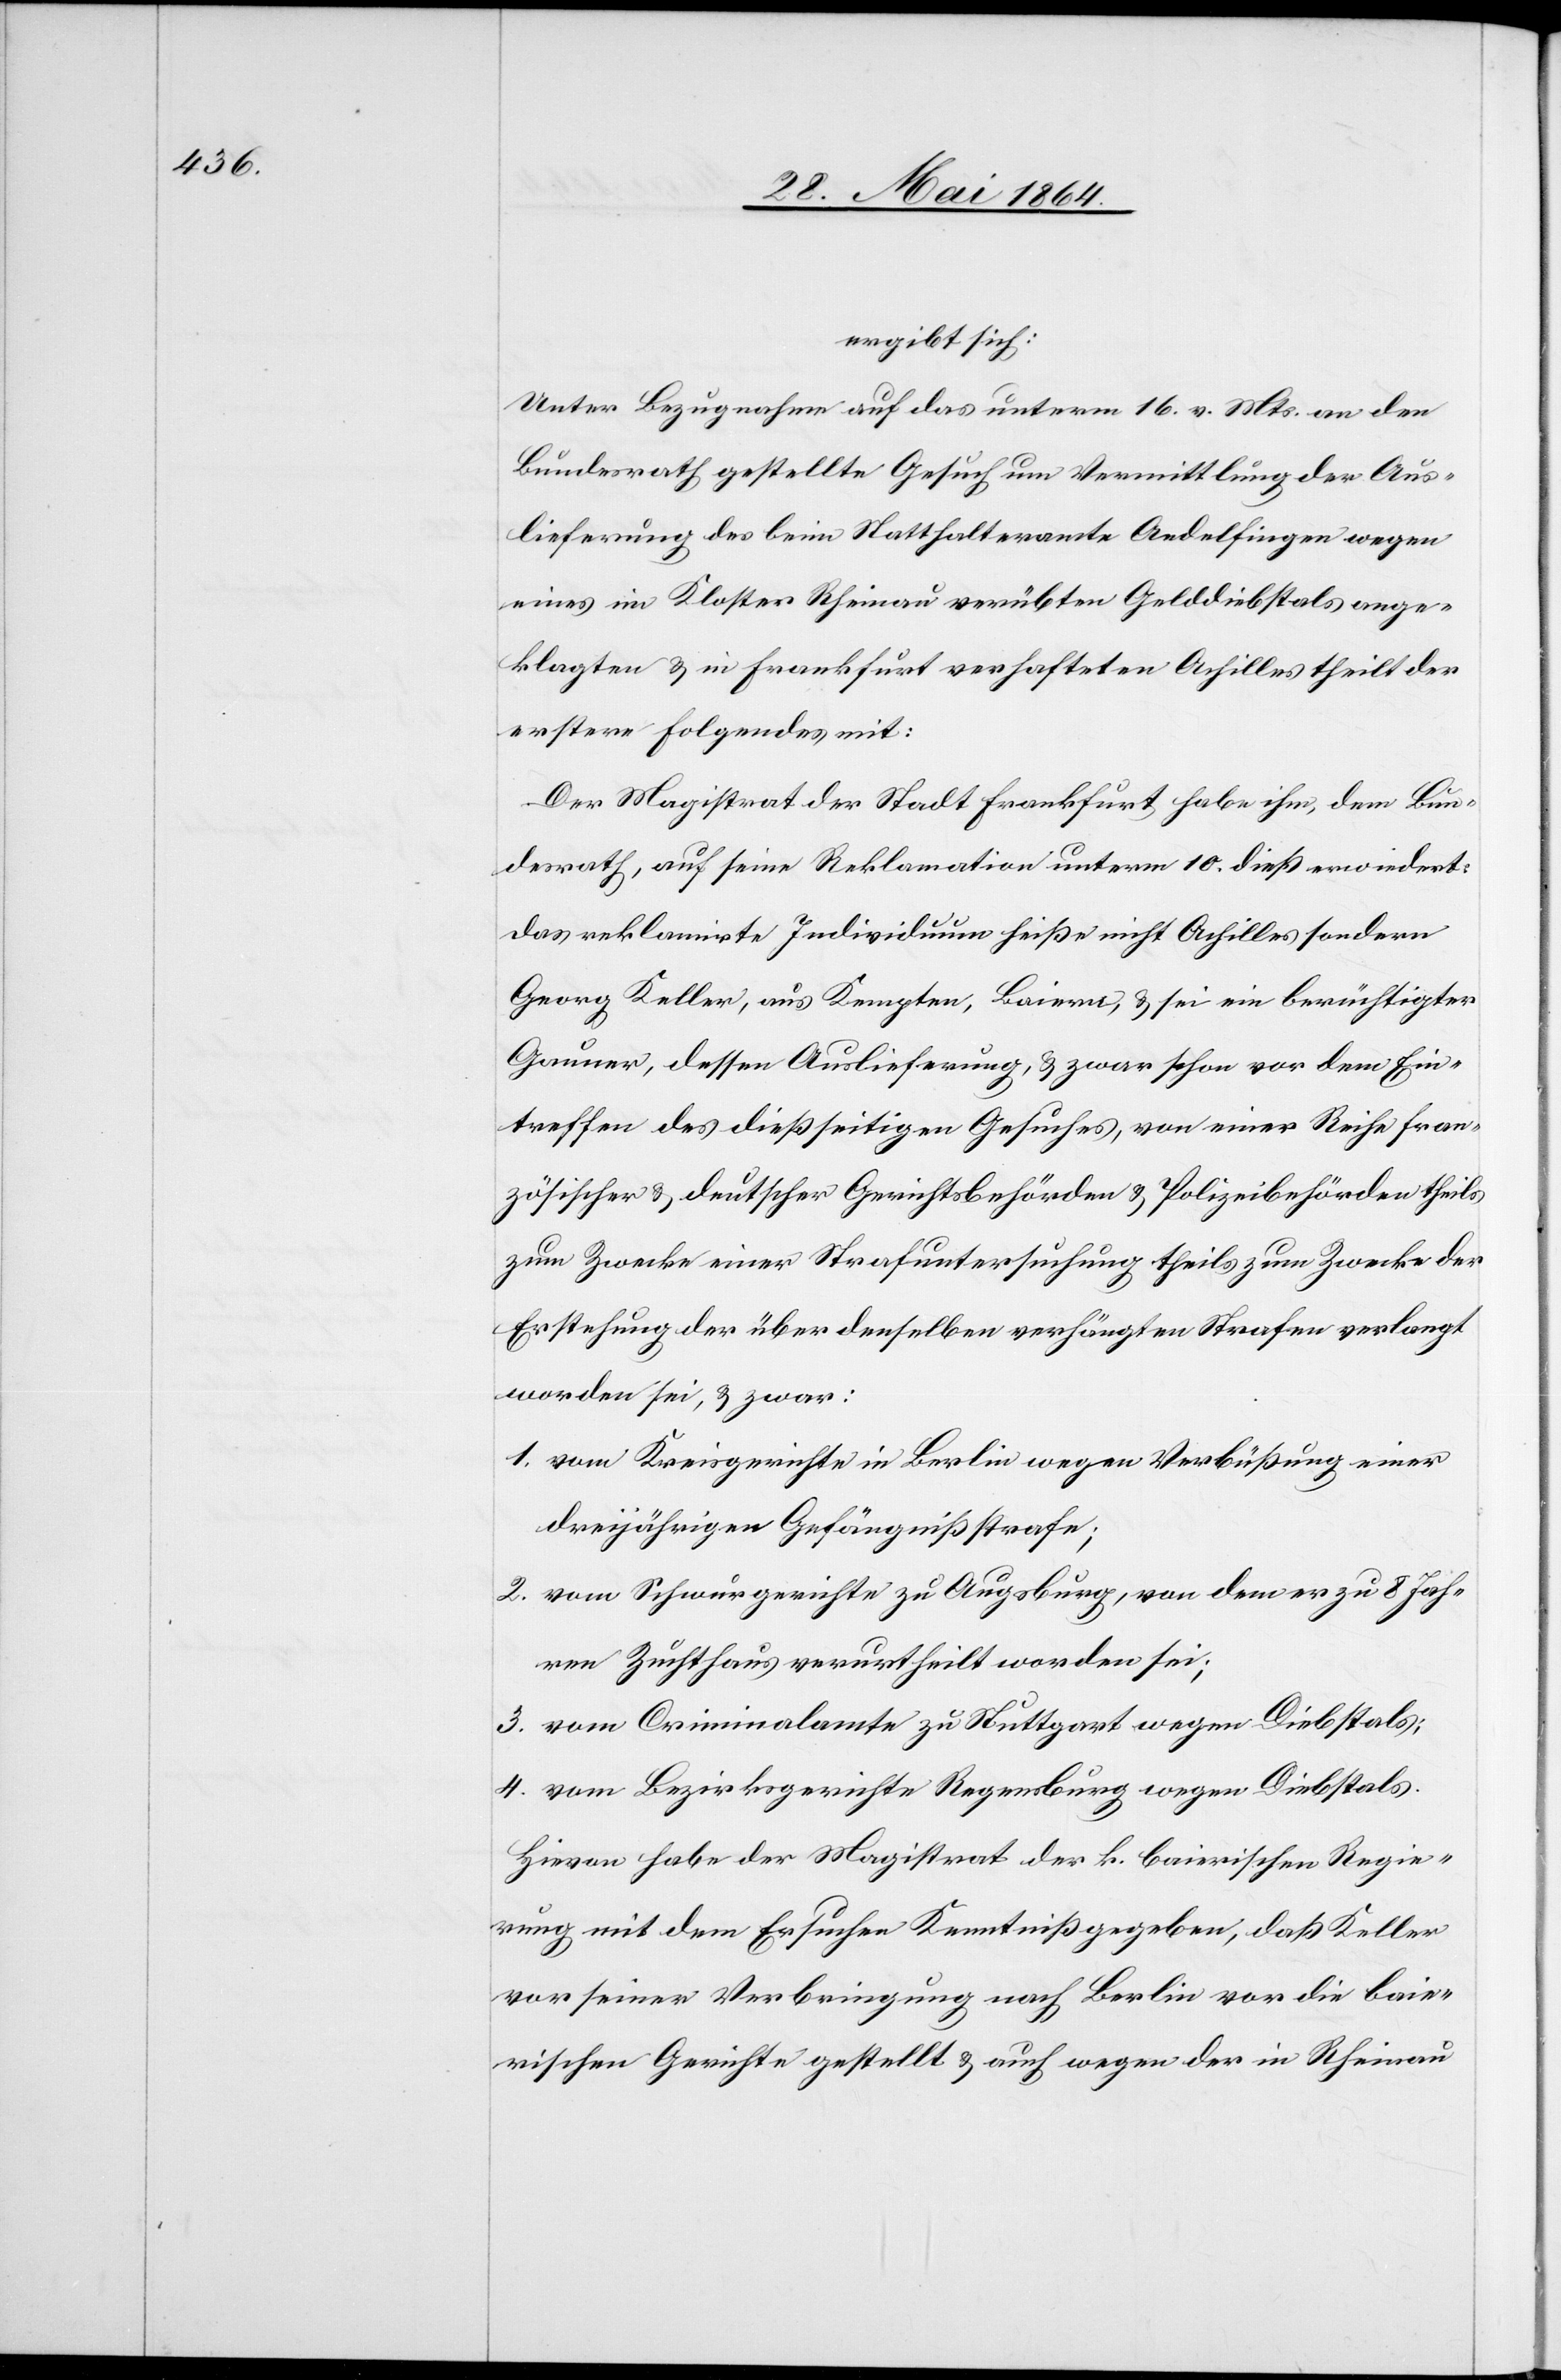
ergibt sich:
Unter Bezugnahme auf das unterm 16. v. Mts. an den
Bundesrath gestellte Gesuch um Vermittlung der Aus¬
lieferung des beim Statthalteramte Andelfingen wegen
eines im Kloster Rheinau verübten Gelddiebstals ange¬
klagten u. in Frankfurt verhafteten Achilles theilt der
erstere Folgendes mit:
Der Magistrat der Stadt Frankfurt habe ihm, dem Bun¬
desrath, auf seine Reklamation unterm 10. dieß erwiedert:
Das reklamirte Individuum heiße nicht Achilles sondern
Georg Keller, aus Kempten, Baiern, u. sei ein berüchtigter
Gauner, dessen Auslieferung, u. zwar schon vor dem Ein¬
treffen des dießseitigen Gesuches, von einer Reihe fran¬
zösischer u. deutscher Gerichtsbehörden u. Polizeibehörden theils
zum Zwecke einer Strafuntersuchung theils zum Zwecke der
Erstehung der über denselben verhängten Strafen verlangt
worden sei, u. zwar:
1. vom Kreisgerichte in Berlin wegen Verbüßung einer
dreijährigen Gefängnißstrafe;
2. vom Schwurgerichte zu Augsburg, von dem er zu 8 Jah¬
ren Zuchthaus verurtheilt worden sei;
3. vom Criminalamte zu Stuttgart wegen Diebstals;
4. vom Bezirksgerichte Regensburg wegen Diebstals.
Hievon habe der Magistrat der k. baierischen Regie¬
rung mit dem Ersuchen Kenntniß gegeben, daß Keller
vor seiner Verbringung nach Berlin vor die baie¬
rischen Gerichte gestellt u. auch wegen der in Rheinau